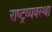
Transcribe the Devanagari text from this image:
राष्ट्रव्यवस्था